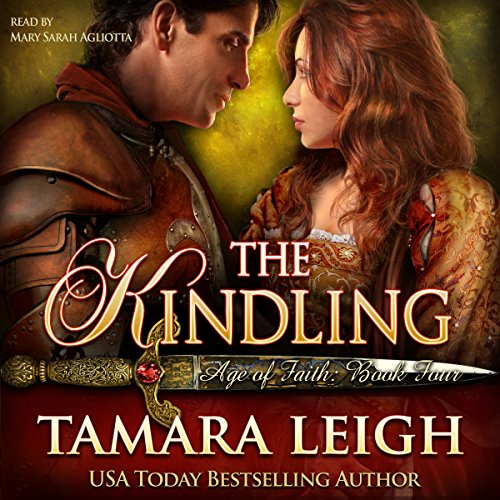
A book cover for The Kindling: Age of Faith, Book 4; Tamara Leigh; Romance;